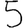
Digit: 5